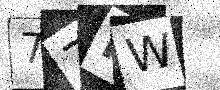
Text: 77NW